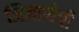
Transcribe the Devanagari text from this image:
जिज्ञासेची